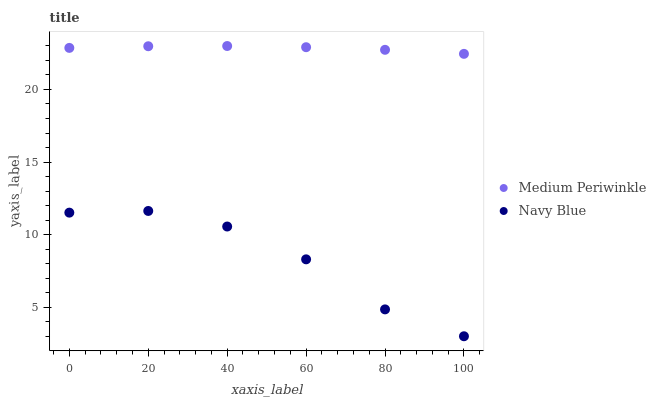
| xaxis_label | Medium Periwinkle | Navy Blue |
 | --- | --- | --- |
 | 0 | 22.9 | 11.5 |
 | 20 | 23 | 11.6 |
 | 40 | 23 | 10.6 |
 | 60 | 22.9 | 8.3 |
 | 80 | 22.7 | 4.85 |
 | 100 | 22.5 | 3 |